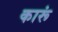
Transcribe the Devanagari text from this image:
कारूं